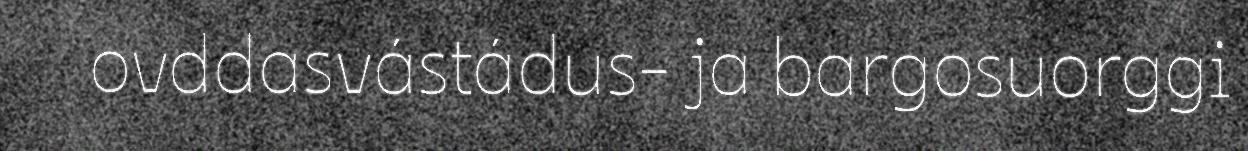
ovddasvástádus- ja bargosuorggi